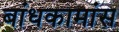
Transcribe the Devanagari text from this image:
बांधकामांस